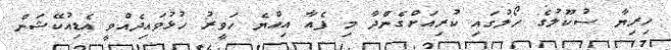
ހިރިޔާ ސުކޫލުގެ ހޯލުގައި ކުރިއަށްގެންދާ މި ފެއާ އިއްޔެ ހަވީރު ހުޅުވައިދެއްވީ އެޑިއުކޭޝަން